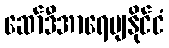
ဆော်ဒီအာရေဗျနိုင်ငံ